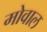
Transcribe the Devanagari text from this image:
मोवाल